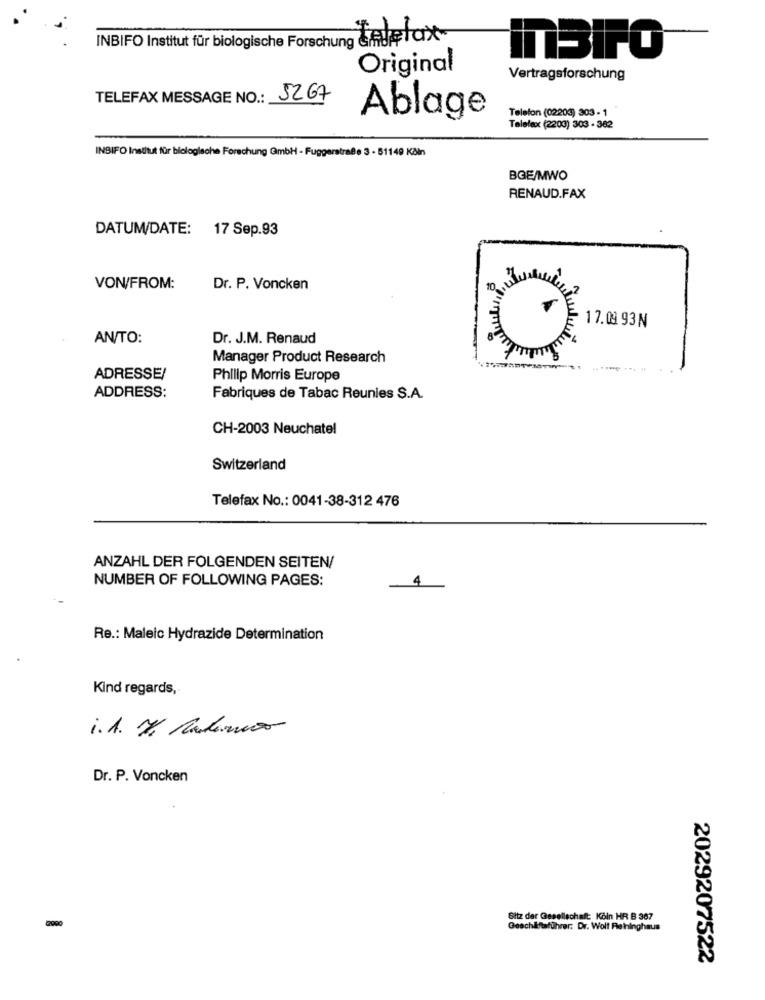
INBIFO Institut für biologische Forschung Califax
ITBIFO
Original
Vertragsforschung
TELEFAX MESSAGE NO .:
5267
Telefon (02203) 303- 1
Ablage
Telefax (2203) 303 - 382
INBIFO Institut für biologische Forschung GmbH - Fuggerstraße 3 - 51149 Köln
BGE/MWO
RENAUD.FAX
DATUM/DATE: 17 Sep.93
VON/FROM:
Dr. P. Voncken
10
17.09 93 N
AN/TO:
Dr. J.M. Renaud
Manager Product Research
ADRESSE/
Philip Morris Europe
ADDRESS:
Fabriques de Tabac Reunies S.A.
CH-2003 Neuchatel
Switzerland
Telefax No .: 0041-38-312 476
ANZAHL DER FOLGENDEN SEITEN/
NUMBER OF FOLLOWING PAGES:
Re .: Maleic Hydrazide Determination
Kind regards,
i.A. Y Moderno
Dr. P. Voncken
Sitz der Gesellschaft: Köln HR B 367
2900
Geschäftsführer: Dr. Wolf Retninghaus
2029207522